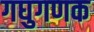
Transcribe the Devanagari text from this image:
गघुगणक